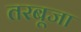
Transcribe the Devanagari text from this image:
तरबूजा